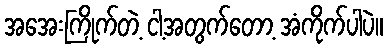
အအေးကြိုက်တဲ့ ငါ့အတွက်တော့ အံကိုက်ပါပဲ။